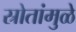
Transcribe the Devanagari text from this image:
स्रोतांमुळे